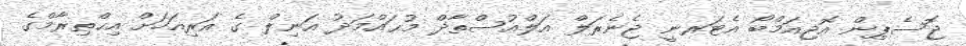
ޖޮސެޕިން އޮޖިއަމްބޯ އެޓަރނީ ޖެނެރަލް އަލްއުސްތާޛް މުޙައްމަދު އަނިލް ގެ އަރިއަހަށް އިޙްތިރާމްގެ